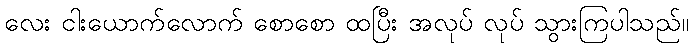
လေး ငါးယောက်လောက် စောစော ထပြီး အလုပ် လုပ် သွားကြပါသည်။